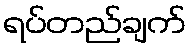
ရပ်တည်ချက်